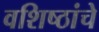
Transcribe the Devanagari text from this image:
वशिष्ठांचे